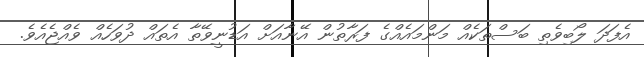
އެފަދަ ލޯބިވެތި ބަސްތަކެއް މަންމައެއްގެ ފަރާތުން އޭނާއަށް އަޑުނީވޭތާ އެތައް ދުވަހެއް ވެއްޖެއެވެ.